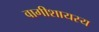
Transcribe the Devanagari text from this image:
वागीशायस्य